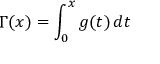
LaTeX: \Gamma ( x ) = \int _ { 0 } ^ { x } g ( t ) \, d t